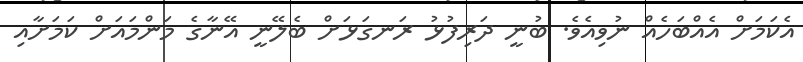
އެކަމަށް އެއްބަހެއް ނުވިއެވެ. ބުނީ ދަރިފުޅު ރަނގަޅަށް ބެލޭނީ އޭނާގެ މަންމައަށް ކަމަށާއި